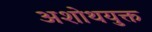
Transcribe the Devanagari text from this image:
अशोथयुक्त